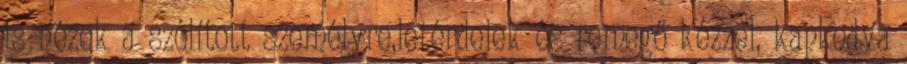
is nézek a szólított személyre,letérdelek és remegő kézzel, kapkodva